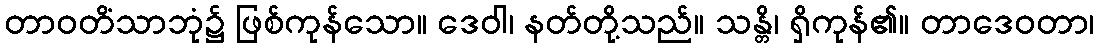
တာဝတိံသာဘုံ၌ ဖြစ်ကုန်သော။ ဒေဝါ၊ နတ်တို့သည်။ သန္တိ၊ ရှိကုန်၏။ တာဒေဝတာ၊